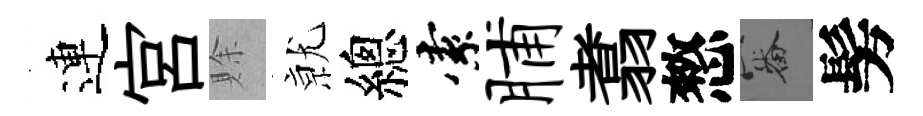
連宮賖𭕒總索脯翥憗審髣